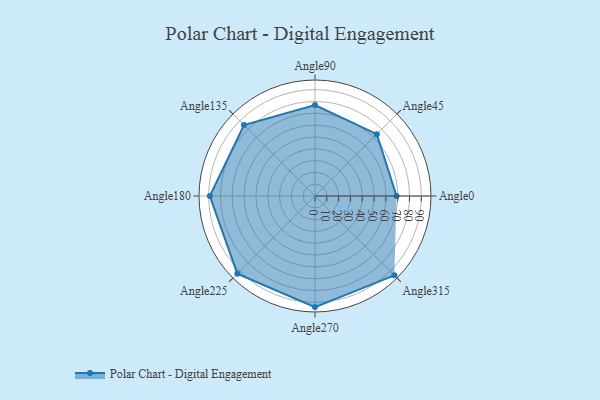
{"axis": {"x": "Angle", "y": "Radius"}, "legend": [""], "data": [{"x": "Angle0", "y": 69.0, "type": ""}, {"x": "Angle45", "y": 74.0, "type": ""}, {"x": "Angle90", "y": 77.0, "type": ""}, {"x": "Angle135", "y": 85.0, "type": ""}, {"x": "Angle180", "y": 89.0, "type": ""}, {"x": "Angle225", "y": 93.0, "type": ""}, {"x": "Angle270", "y": 94.0, "type": ""}, {"x": "Angle315", "y": 95.0, "type": ""}]}